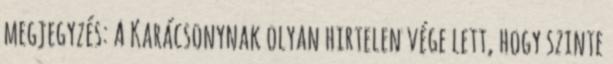
megjegyzés: A Karácsonynak olyan hirtelen vége lett, hogy szinte